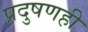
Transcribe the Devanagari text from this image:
प्रदुषणही